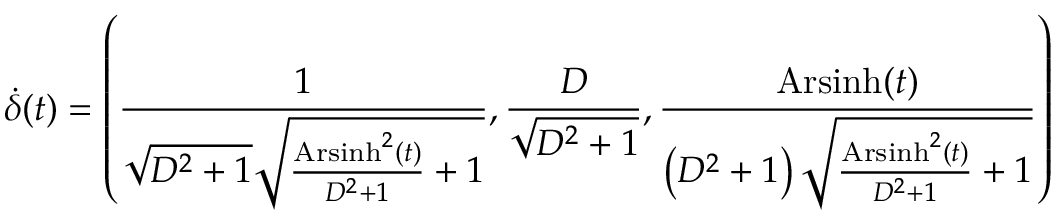
\dot { \delta } ( t ) = \left( \frac { 1 } { \sqrt { D ^ { 2 } + 1 } \sqrt { \frac { \operatorname { A r s i n h } ^ { 2 } ( t ) } { D ^ { 2 } + 1 } + 1 } } , \frac { D } { \sqrt { D ^ { 2 } + 1 } } , \frac { \operatorname { A r s i n h } ( t ) } { \left( D ^ { 2 } + 1 \right) \sqrt { \frac { \operatorname { A r s i n h } ^ { 2 } ( t ) } { D ^ { 2 } + 1 } + 1 } } \right)